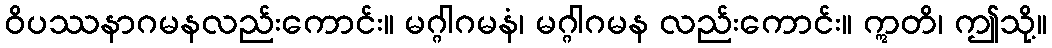
ဝိပဿနာဂမနလည်းကောင်း။ မဂ္ဂါဂမနံ၊ မဂ္ဂါဂမန လည်းကောင်း။ ဣတိ၊ ဤသို့။